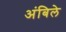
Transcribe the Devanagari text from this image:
अंबिले